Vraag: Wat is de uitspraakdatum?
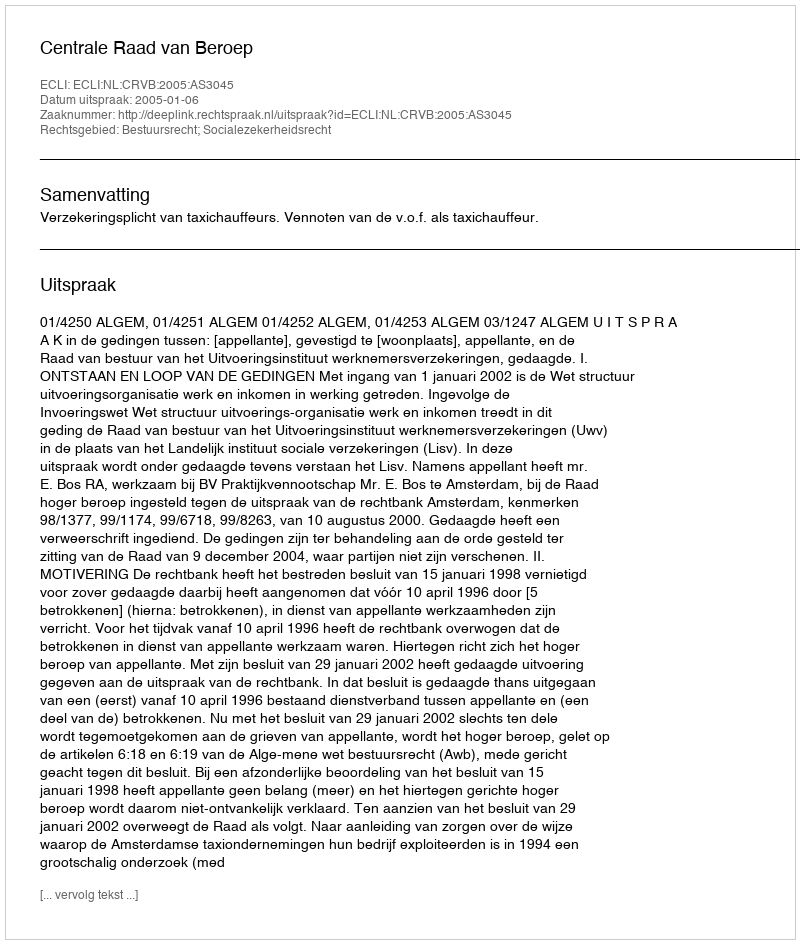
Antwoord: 2005-01-06